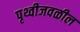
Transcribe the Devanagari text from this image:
पृथ्वीजवळील